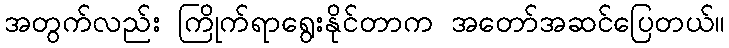
အတွက်လည်း ကြိုက်ရာရွေးနိုင်တာက အတော်အဆင်ပြေတယ်။